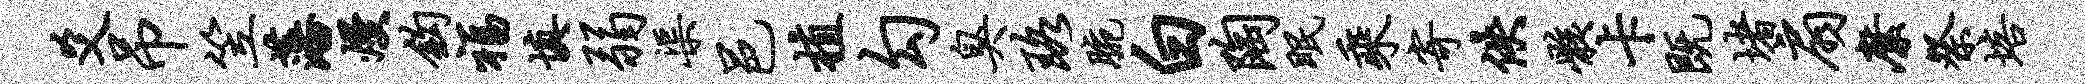
爻吊笠藩熳钩福填弱渠邑植勾臭珞腕白陶眠乘寄佚骸卡既堵扇縻祭培